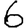
Digit: 6